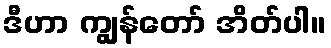
ဒီဟာ ကျွန်တော် အိတ်ပါ။